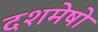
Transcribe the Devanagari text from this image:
दशमेषो